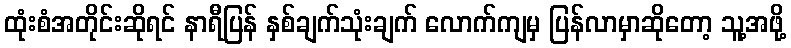
ထုံးစံအတိုင်းဆိုရင် နာရီပြန် နှစ်ချက်သုံးချက် လောက်ကျမှ ပြန်လာမှာဆိုတော့ သူ့အဖို့